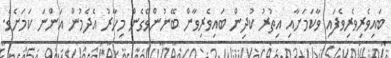
ބައިވެރިވެރިވެފައި ވާކަމަށާއި އިތުރު ކުދިން ބައިވެރިވާން ބޭނުންވެގެން މިހާރު އެދެމުން އަންނަ ކަމަށެވެ.